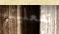
تفعلينه